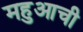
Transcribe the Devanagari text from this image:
महुआची